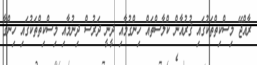
ރާއްޖޭ މިސްކިތްތަކުގައި ޤުރުއާން ކްލާސްތައް ހިންގުމާއި ދީނީ ދަރުސް ދިނުމާއި މިސްކިތްތަކުގައި ހިންގާ